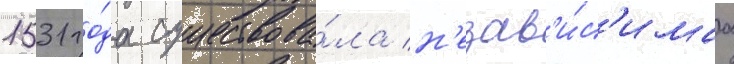
1531 го́да существова́ла н'езав'и́с'имаа